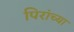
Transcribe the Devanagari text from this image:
पिरांच्या